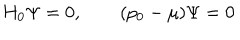
H _ { 0 } \Psi = 0 , \qquad ( p _ { 0 } - \mu ) \Psi = 0